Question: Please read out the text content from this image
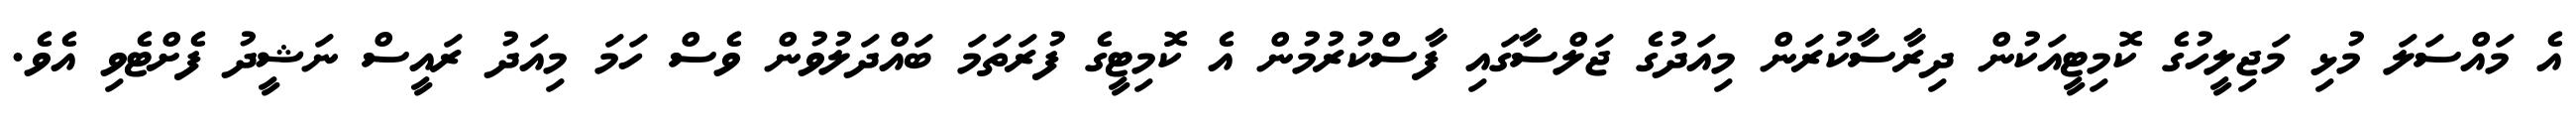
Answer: އެ މައްސަލަ މުޅި މަޖިލީހުގެ ކޮމިޓީއަކުން ދިރާސާކުރަން މިއަދުގެ ޖަލްސާގައި ފާސްކުރުމުން އެ ކޮމިޓީގެ ފުރަތަމަ ބައްދަލުވުން ވެސް ހަމަ މިއަދު ރައީސް ނަޝީދު ފެށްޓެވި އެވެ.